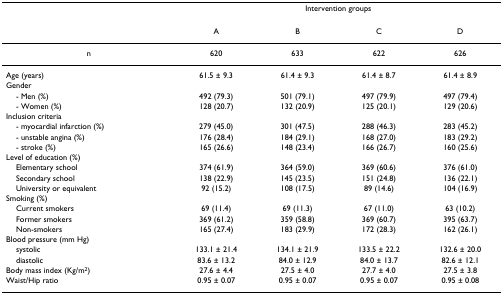
<table><thead><tr><td></td><td colspan="4"><b>Intervention groups</b></td></tr></thead><tbody><tr><td></td><td>A</td><td>B</td><td>C</td><td>D</td></tr><tr><td>n</td><td>620</td><td>633</td><td>622</td><td>626</td></tr><tr><td>Age (years)</td><td>61.5 ± 9.3</td><td>61.4 ± 9.3</td><td>61.4 ± 8.7</td><td>61.4 ± 8.9</td></tr><tr><td>Gender</td><td></td><td></td><td></td><td></td></tr><tr><td> - Men (%)</td><td>492 (79.3)</td><td>501 (79.1)</td><td>497 (79.9)</td><td>497 (79.4)</td></tr><tr><td> - Women (%)</td><td>128 (20.7)</td><td>132 (20.9)</td><td>125 (20.1)</td><td>129 (20.6)</td></tr><tr><td>Inclusion criteria</td><td></td><td></td><td></td><td></td></tr><tr><td> - myocardial infarction (%)</td><td>279 (45.0)</td><td>301 (47.5)</td><td>288 (46.3)</td><td>283 (45.2)</td></tr><tr><td> - unstable angina (%)</td><td>176 (28.4)</td><td>184 (29.1)</td><td>168 (27.0)</td><td>183 (29.2)</td></tr><tr><td> - stroke (%)</td><td>165 (26.6)</td><td>148 (23.4)</td><td>166 (26.7)</td><td>160 (25.6)</td></tr><tr><td>Level of education (%)</td><td></td><td></td><td></td><td></td></tr><tr><td> Elementary school</td><td>374 (61.9)</td><td>364 (59.0)</td><td>369 (60.6)</td><td>376 (61.0)</td></tr><tr><td> Secondary school</td><td>138 (22.9)</td><td>145 (23.5)</td><td>151 (24.8)</td><td>136 (22.1)</td></tr><tr><td> University or equivalent</td><td>92 (15.2)</td><td>108 (17.5)</td><td>89 (14.6)</td><td>104 (16.9)</td></tr><tr><td>Smoking (%)</td><td></td><td></td><td></td><td></td></tr><tr><td> Current smokers</td><td>69 (11.4)</td><td>69 (11.3)</td><td>67 (11.0)</td><td>63 (10.2)</td></tr><tr><td> Former smokers</td><td>369 (61.2)</td><td>359 (58.8)</td><td>369 (60.7)</td><td>395 (63.7)</td></tr><tr><td> Non-smokers</td><td>165 (27.4)</td><td>183 (29.9)</td><td>172 (28.3)</td><td>162 (26.1)</td></tr><tr><td>Blood pressure (mm Hg)</td><td></td><td></td><td></td><td></td></tr><tr><td> systolic</td><td>133.1 ± 21.4</td><td>134.1 ± 21.9</td><td>133.5 ± 22.2</td><td>132.6 ± 20.0</td></tr><tr><td> diastolic</td><td>83.6 ± 13.2</td><td>84.0 ± 12.9</td><td>84.0 ± 13.7</td><td>82.6 ± 12.1</td></tr><tr><td>Body mass index (Kg/m<sup>2</sup>)</td><td>27.6 ± 4.4</td><td>27.5 ± 4.0</td><td>27.7 ± 4.0</td><td>27.5 ± 3.8</td></tr><tr><td>Waist/Hip ratio</td><td>0.95 ± 0.07</td><td>0.95 ± 0.07</td><td>0.95 ± 0.07</td><td>0.95 ± 0.08</td></tr></tbody></table>